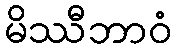
မိဿီဘာဝံ